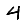
Digit: 4